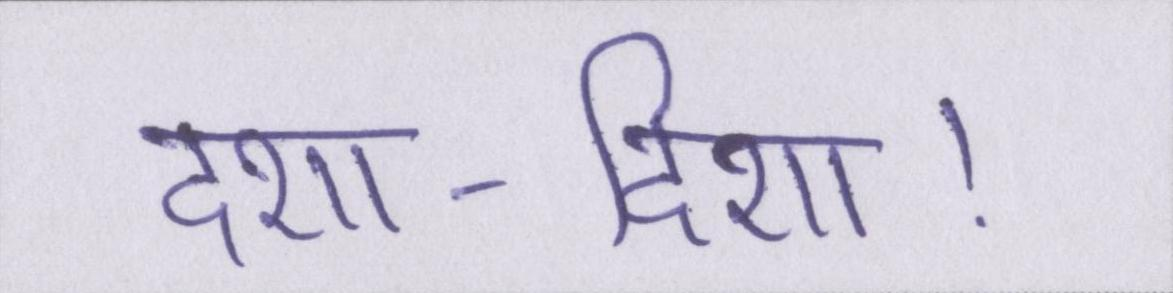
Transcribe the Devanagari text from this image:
दशा-दिशा।